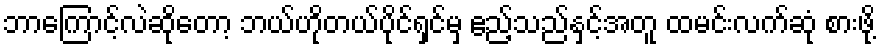
ဘာကြောင့်လဲဆိုတော့ ဘယ်ဟိုတယ်ပိုင်ရှင်မှ ဧည့်သည်နှင့်အတူ ထမင်းလက်ဆုံ စားဖို့